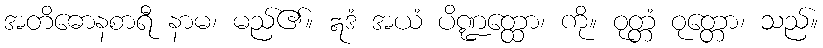
အတိဓောနစာရီ နာမ၊ မည်၏။ ဣဒံ အယံ ပိဏ္ဍတ္ထော၊ ကို။ ဝုတ္တံ ဝုတ္တော၊ သည်။